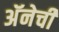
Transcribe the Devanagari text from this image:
अॅनेची